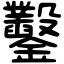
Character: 鑿